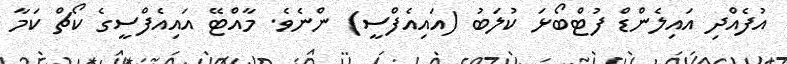
އުފެއްދި އައިލެންޑް ފުޓްބޯޅަ ކުލަބު (އައިއެފްސީ) ންނެވެ. މާއްޓޭ އައިއެފްސީގެ ކޯޗް ކަމާ